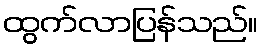
ထွက်လာပြန်သည်။